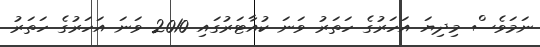
ނަމަވެސް މިދިޔަ އަހަރުގެ ހަތަރު ވަނަ ކުއާޓަރުގައި 2010 ވަނަ އަހަރުގެ ހަތަރު